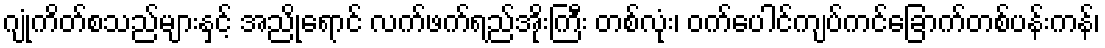
ဂျုံကိတ်စသည်များနှင့် အညိုရောင် လက်ဖက်ရည်အိုးကြီး တစ်လုံး၊ ဝက်ပေါင်ကျပ်ကင်ခြောက်တစ်ပန်းကန်၊